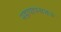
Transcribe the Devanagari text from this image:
महापापनाशक